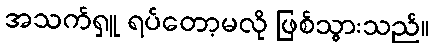
အသက်ရှူ ရပ်တော့မလို ဖြစ်သွားသည်။